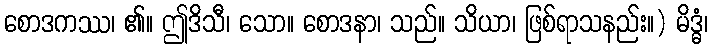
စောဒကဿ၊ ၏။ ဤဒိသီ၊ သော။ စောဒနာ၊ သည်။ သိယာ၊ ဖြစ်ရာသနည်း။) မိဒ္ဓံ၊